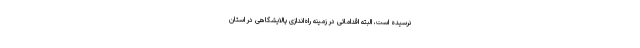
نرسیده است، البته اقداماتی در زمینه راه‌اندازی پالایشگاهی در استان